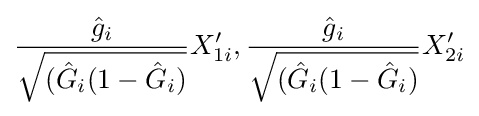
{\frac {{\hat {g}}_{i}}{\sqrt {({\hat {G}}_{i}(1-{\hat {G}}_{i})}}}X_{1i}',{\frac {{\hat {g}}_{i}}{\sqrt {({\hat {G}}_{i}(1-{\hat {G}}_{i})}}}X_{2i}'